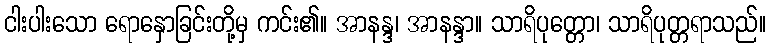
ငါးပါးသော ရောနှောခြင်းတို့မှ ကင်း၏။ အာနန္ဒ၊ အာနန္ဒာ။ သာရိပုတ္တော၊ သာရိပုတ္တရာသည်။